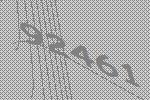
92461